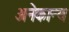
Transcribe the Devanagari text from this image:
अनेकान्य